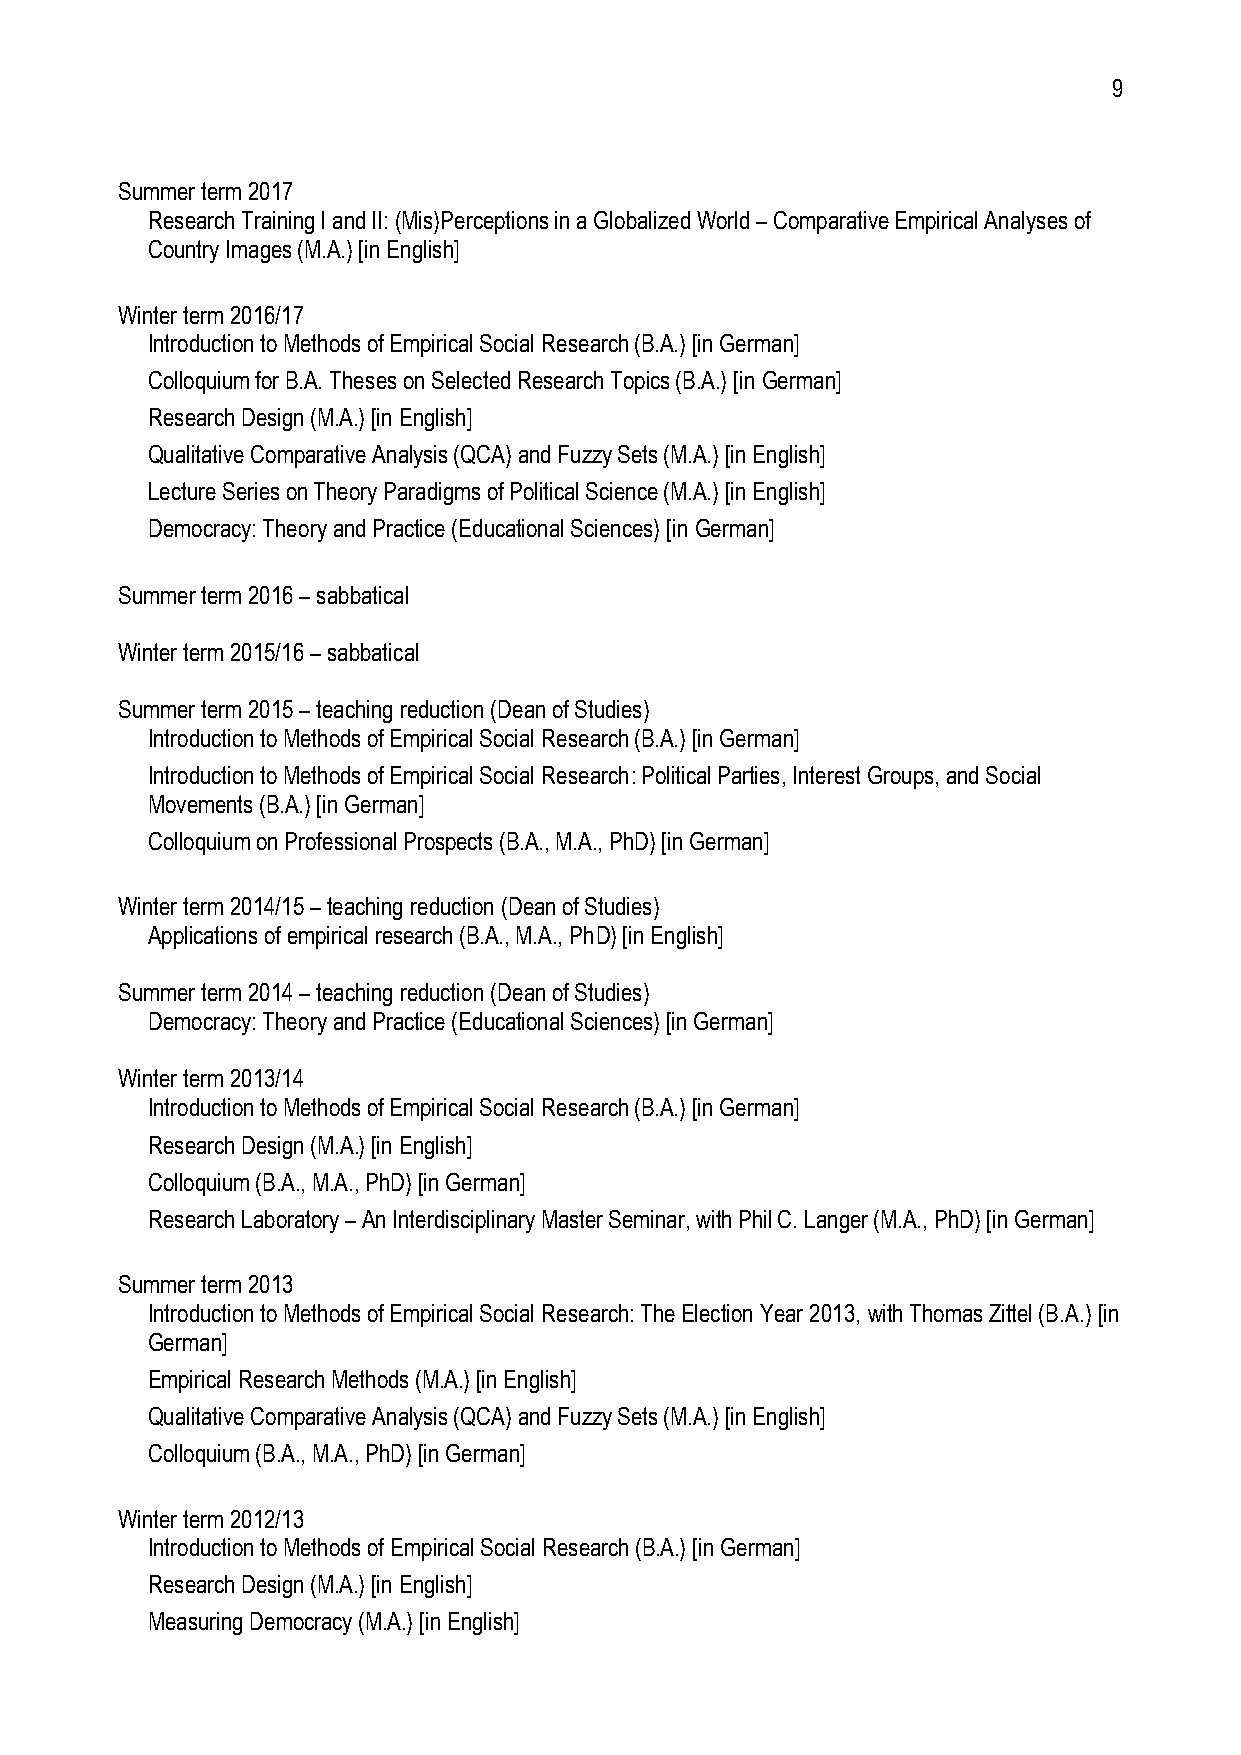
9
 Summer term 2017
 Research Training I and II: (Mis)Perceptions in a Globalized World – Comparative Empirical Analyses of
 Country Images (M.A.) [in English]
 Winter term 2016/17
 Introduction to Methods of Empirical Social Research (B.A.) [in German]
 Colloquium for B.A. Theses on Selected Research Topics (B.A.) [in German]
 Research Design (M.A.) [in English]
 Qualitative Comparative Analysis (QCA) and Fuzzy Sets (M.A.) [in English]
 Lecture Series on Theory Paradigms of Political Science (M.A.) [in English]
 Democracy: Theory and Practice (Educational Sciences) [in German]
 Summer term 2016 – sabbatical
 Winter term 2015/16 – sabbatical
 Summer term 2015 – teaching reduction (Dean of Studies)
 Introduction to Methods of Empirical Social Research (B.A.) [in German]
 Introduction to Methods of Empirical Social Research: Political Parties, Interest Groups, and Social
 Movements (B.A.) [in German]
 Colloquium on Professional Prospects (B.A., M.A., PhD) [in German]
 Winter term 2014/15 – teaching reduction (Dean of Studies)
 Applications of empirical research (B.A., M.A., PhD) [in English]
 Summer term 2014 – teaching reduction (Dean of Studies)
 Democracy: Theory and Practice (Educational Sciences) [in German]
 Winter term 2013/14
 Introduction to Methods of Empirical Social Research (B.A.) [in German]
 Research Design (M.A.) [in English]
 Colloquium (B.A., M.A., PhD) [in German]
 Research Laboratory – An Interdisciplinary Master Seminar, with Phil C. Langer (M.A., PhD) [in German]
 Summer term 2013
 Introduction to Methods of Empirical Social Research: The Election Year 2013, with Thomas Zittel (B.A.) [in
 German]
 Empirical Research Methods (M.A.) [in English]
 Qualitative Comparative Analysis (QCA) and Fuzzy Sets (M.A.) [in English]
 Colloquium (B.A., M.A., PhD) [in German]
 Winter term 2012/13
 Introduction to Methods of Empirical Social Research (B.A.) [in German]
 Research Design (M.A.) [in English]
 Measuring Democracy (M.A.) [in English]